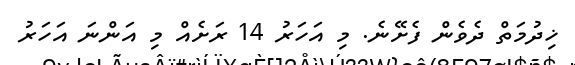
ޚިދުމަތް ދެވެން ފެށޭނެ. މި އަހަރު 14 ރަށެއް މި އަންނަ އަހަރު